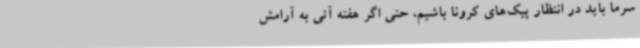
سرما باید در انتظار پیک‌های کرونا باشیم، حتی اگر هفته آتی به آرامش